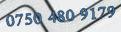
0750 480 9179